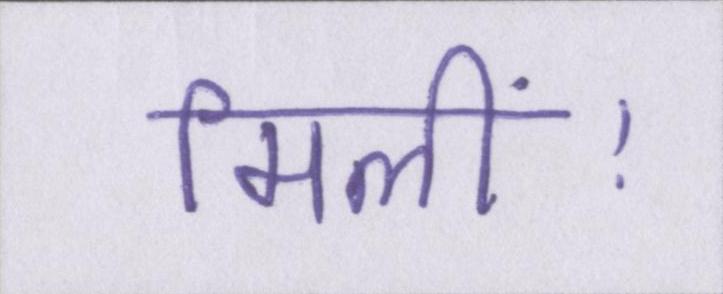
मिलीं।